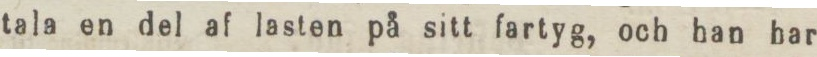
tala en del af lasten på sitt fartyg, och han har